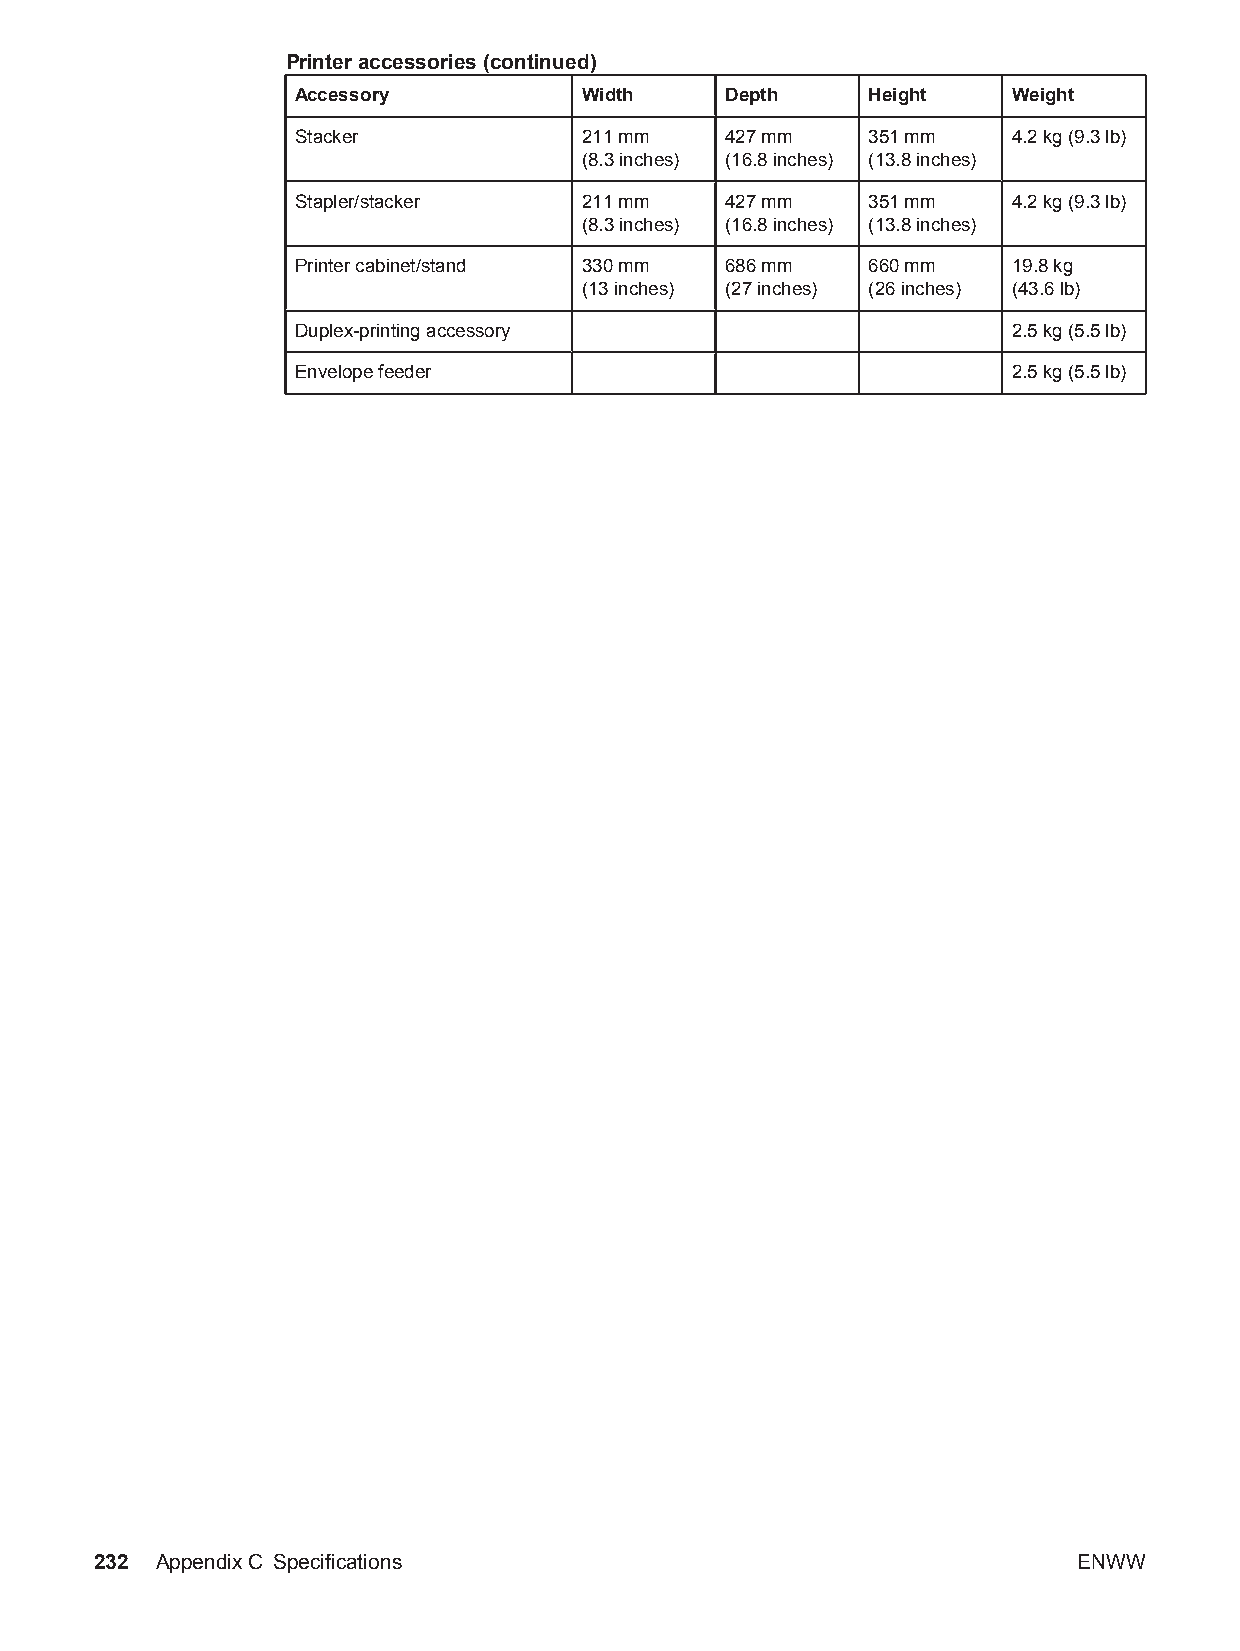
Printer accessories (continued)
 Accessory         Width     Depth    Height    Weight
 Stacker           211 mm    427 mm   351 mm    4.2 kg (9.3 lb)
 (8.3 inches) (16.8 inches) (13.8 inches)
 Stapler/stacker   211 mm    427 mm   351 mm    4.2 kg (9.3 lb)
 (8.3 inches) (16.8 inches) (13.8 inches)
 Printer cabinet/stand 330 mm 686 mm  660 mm    19.8 kg
 (13 inches) (27 inches) (26 inches) (43.6 lb)
 Duplex-printing accessory                      2.5 kg (5.5 lb)
 Envelope feeder                                2.5 kg (5.5 lb)
 232 AppendixC Specifications                                     ENWW